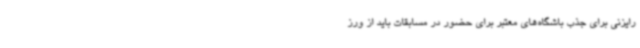
رایزنی برای جذب باشگاه‌های معتبر برای حضور در مسابقات باید از ورز